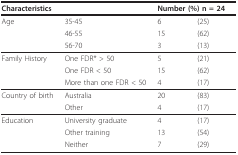
<table><thead><tr><td colspan="2"><b>Characteristics</b></td><td colspan="2"><b>Number (%) n = 24</b></td></tr></thead><tbody><tr><td>Age</td><td>35-45</td><td>6</td><td>(25)</td></tr><tr><td></td><td>46-55</td><td>15</td><td>(62)</td></tr><tr><td></td><td>56-70</td><td>3</td><td>(13)</td></tr><tr><td>Family History</td><td>One FDR* &gt; 50</td><td>5</td><td>(21)</td></tr><tr><td></td><td>One FDR &lt; 50</td><td>15</td><td>(62)</td></tr><tr><td></td><td>More than one FDR &lt; 50</td><td>4</td><td>(17)</td></tr><tr><td>Country of birth</td><td>Australia</td><td>20</td><td>(83)</td></tr><tr><td></td><td>Other</td><td>4</td><td>(17)</td></tr><tr><td>Education</td><td>University graduate</td><td>4</td><td>(17)</td></tr><tr><td></td><td>Other training</td><td>13</td><td>(54)</td></tr><tr><td></td><td>Neither</td><td>7</td><td>(29)</td></tr></tbody></table>